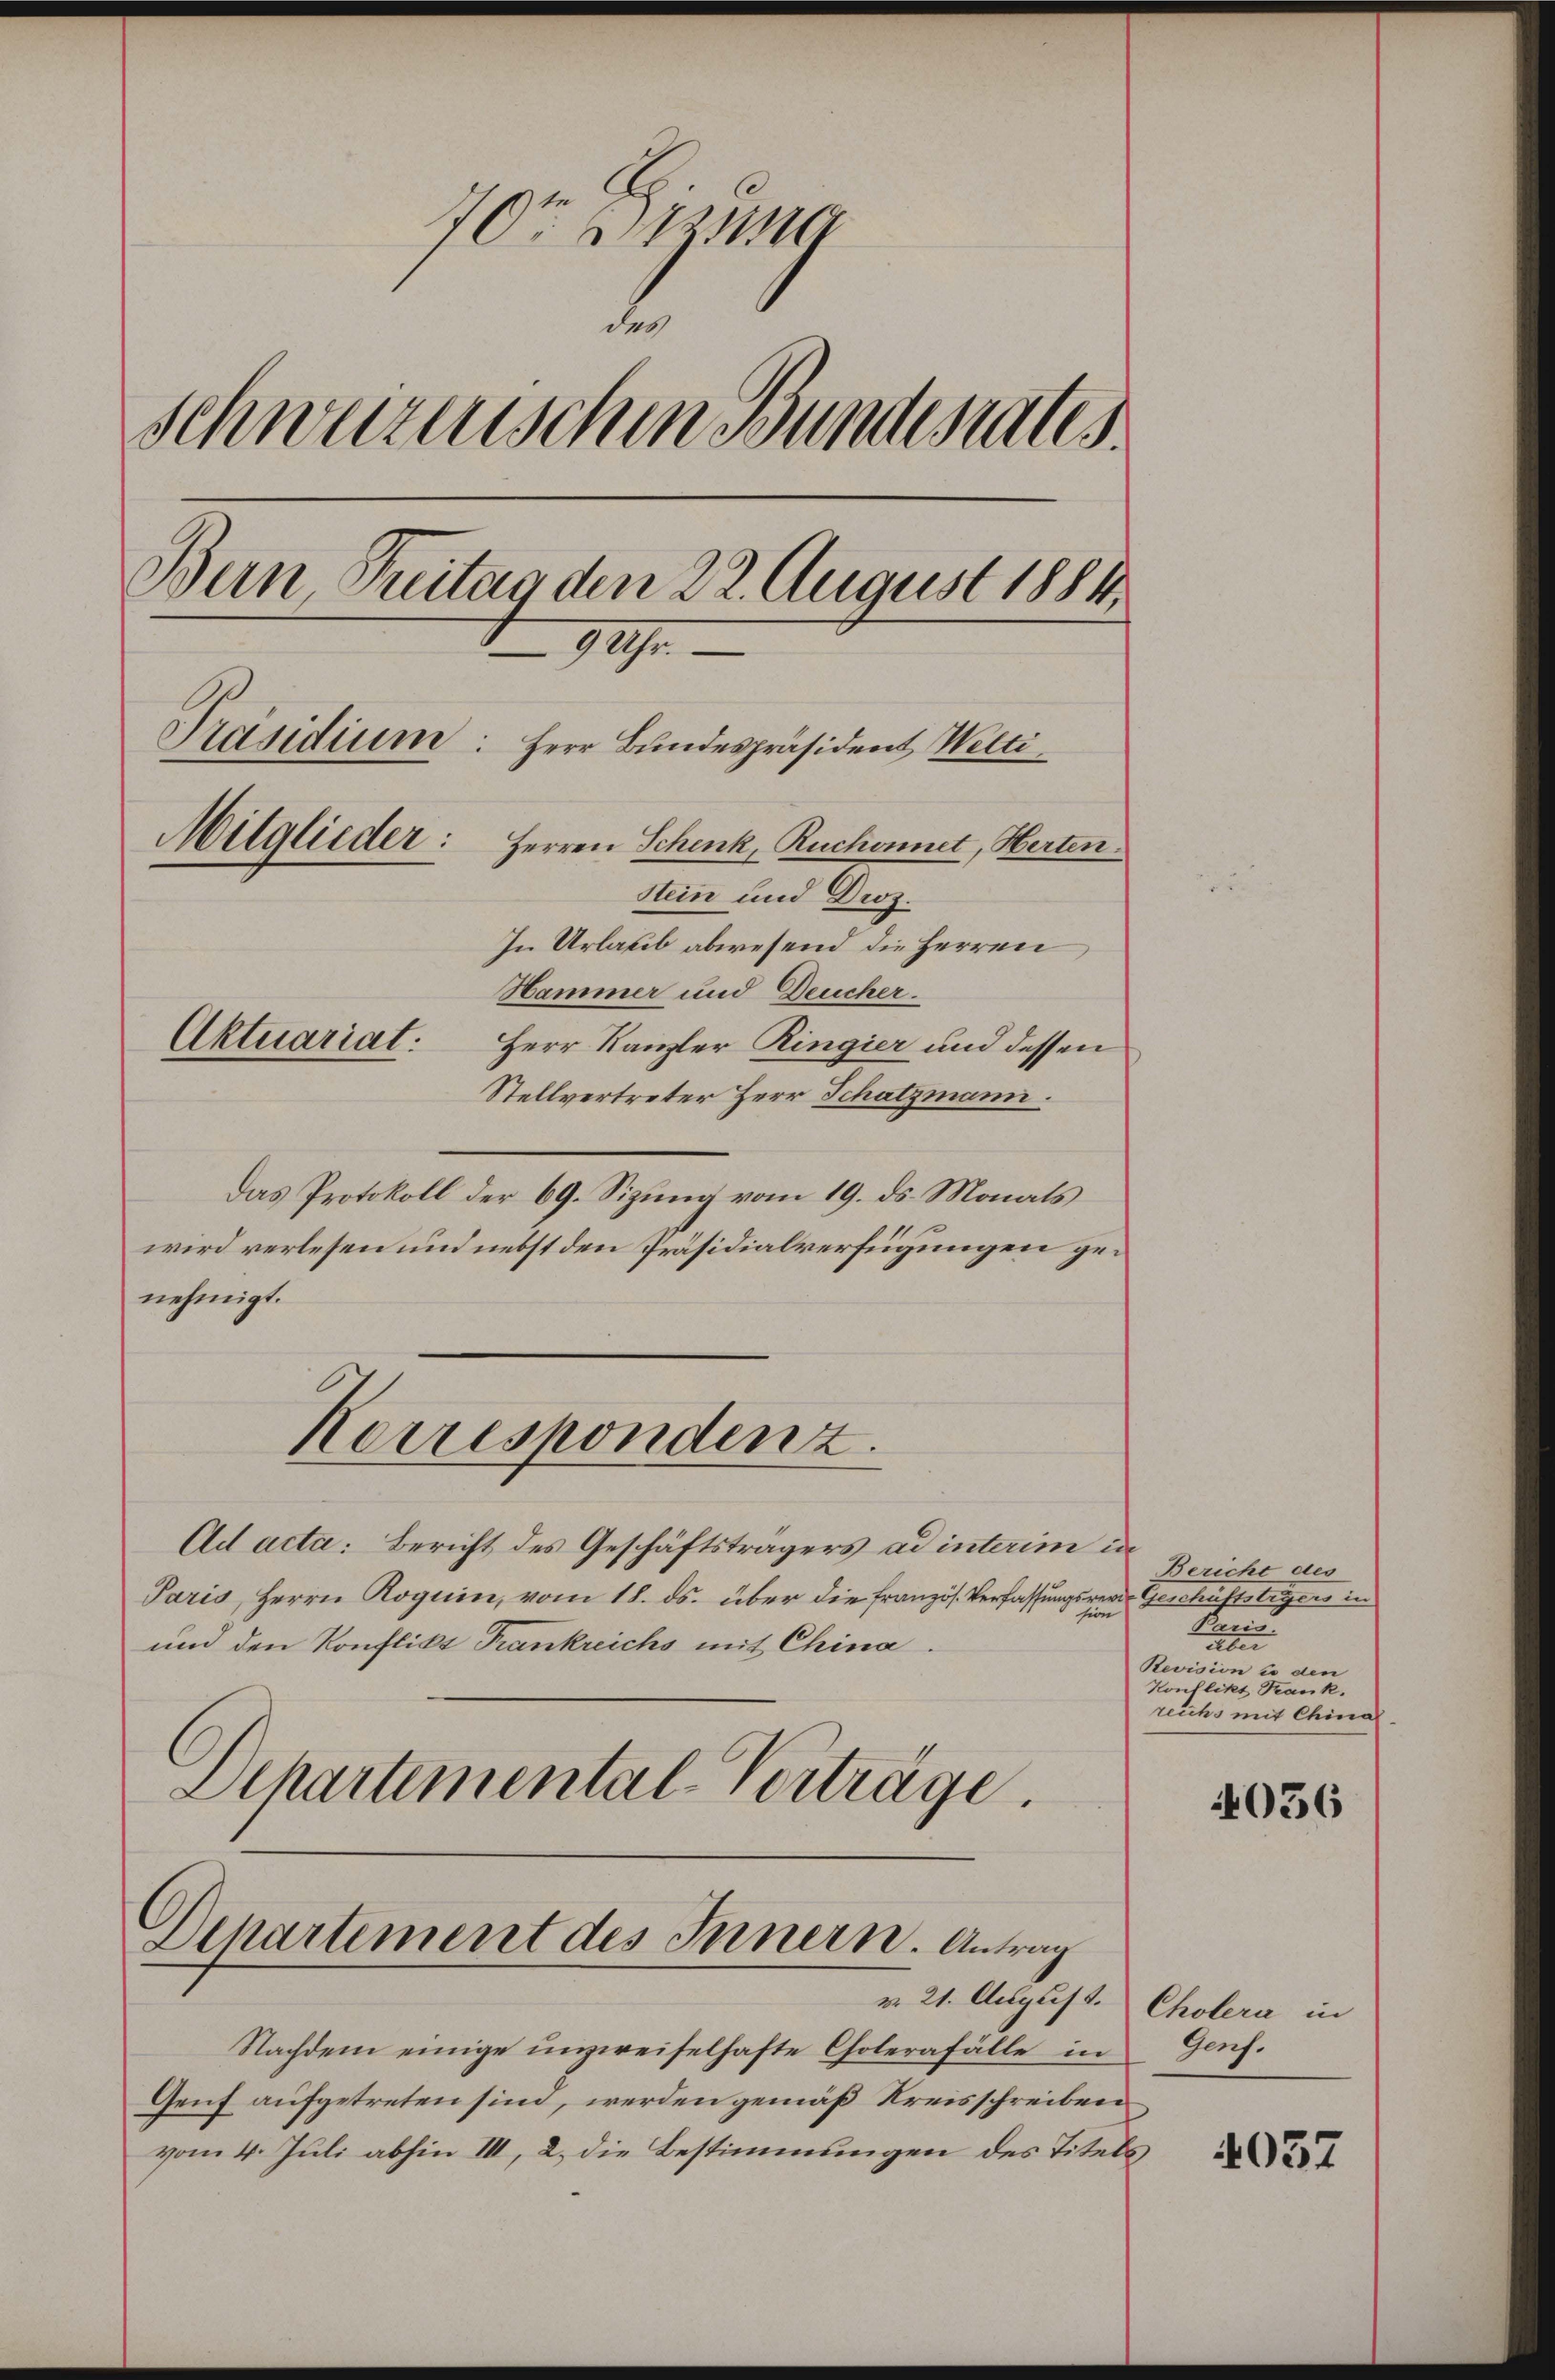
10ten Bezug
d
schweizerischen Bunderates
Bern, Treitag den 22. August 1884
19
e
Präsidium: Herr Bundespräsident Welti
Mitglieder: Herren Schenk, Ruchonnet, Herten
Stein und Droz.
In Urlaub abwesend die Herren
Hammer und Deucher.
Aktuariat:
Herr Kanzler Ringier und dessen
Stellvertreter Herr Schatzmann.

Das Protokoll der 69. Sizung vom 19. ds. Monats
wird verlesen und nebst den Präsidialverfügungen genehmigt.
Korrespondenz.
Ad acta: Bericht des Geschäftsträgers ad interim in
Paris, Herrn Roguin, vom 18. ds. über die französ. Verfassungsrever Geschäftstrgers in
n
und den Konflikt Frankreichs mit China
Departemental-Verträge.

Dihartement des Innern. Antrag
v. 21. August. Cholera in

Nachdem einige unzweifelhafte Cholerafälle in Genf.
Genf aufgetreten sind, werden gemäß Kreisschreiben
vom 4. Juli abhin III, 2. die Bestimmungen des Titels

Bericht des
n
t
Revision in den
Konflikt Trank.
reichs mit China

4056

4057